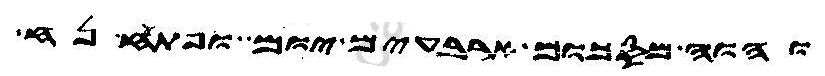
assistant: והוה מסכום ארבעים יום ופתח נח